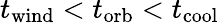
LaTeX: t_{\mathrm{wind}}<t_{\mathrm{orb}}<t_{\mathrm{cool}}